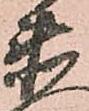
衛